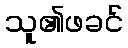
သူ၏ဖခင်